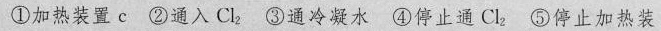
①加热装置c②通入Cl _{2}③通冷凝水④停止通Cl _{2}⑤停止加热装